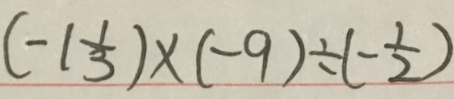
( - 1 \frac { 1 } { 3 } ) \times ( - 9 ) \div ( - \frac { 1 } { 2 } )